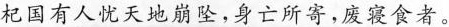
杞国有人忧天地崩坠，身亡所寄，废寝食者。